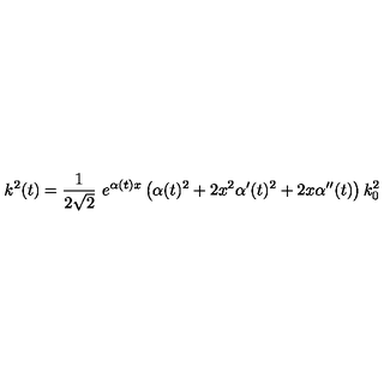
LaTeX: k ^ { 2 } ( t ) = \frac { 1 } { 2 \sqrt { 2 } } \ e ^ { \alpha ( t ) x } \left( \alpha ( t ) ^ { 2 } + 2 x ^ { 2 } \alpha ^ { \prime } ( t ) ^ { 2 } + 2 x \alpha ^ { \prime \prime } ( t ) \right) k _ { 0 } ^ { 2 }